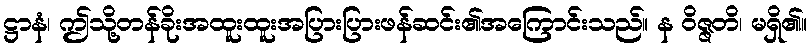
ဋ္ဌာနံ၊ ဤသို့တန်ခိုးအထူးထူးအပြားပြားဖန်ဆင်း၏အကြောင်းသည်။ န ဝိဇ္ဇတိ၊ မရှိ၏။